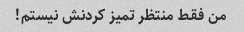
من فقط منتظر تمیز کردنش نیستم!